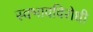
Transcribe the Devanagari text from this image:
स्वभावविरोधी